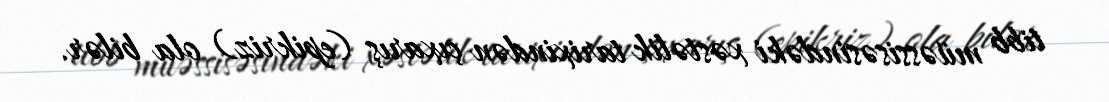
tibb müəssisəsindəki xəstəlik tarixindən çıxarış (epikriz) ola bilər.